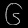
Digit: ၆